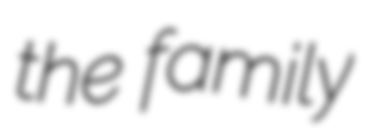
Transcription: the family